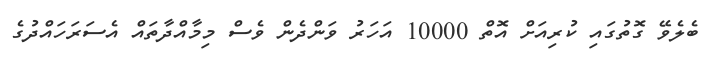
ބެލެވޭ ގޮތުގައި ކުރިއަށް އޮތް 10000 އަހަރު ވަންދެން ވެސް މިމާއްދާތައް އެސަރަހައްދުގެ